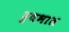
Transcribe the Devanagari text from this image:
दुधभात